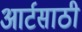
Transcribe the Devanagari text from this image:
आर्टसाठी